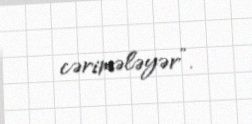
cərimələyər”.